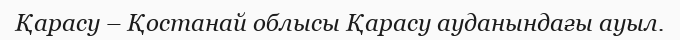
Қарасу – Қостанай облысы Қарасу ауданындағы ауыл.